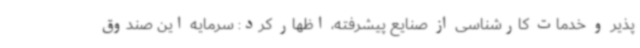
پذیر و خدمات کارشناسی از صنایع پیشرفته، اظهار کرد: سرمایه این صندوق